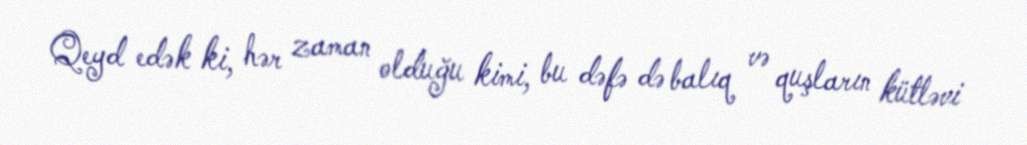
Qeyd edək ki, hər zaman olduğu kimi, bu dəfə də balıq və quşların kütləvi